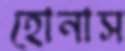
হোনাস